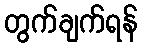
တွက်ချက်ရန်